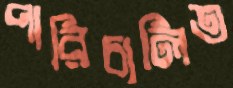
পারিচালিত